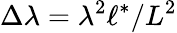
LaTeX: \Delta\lambda=\lambda^{2}\ell^{\ast}/L^{2}